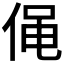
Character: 𠊟